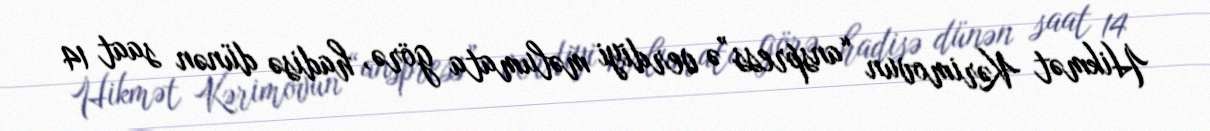
Hikmət Kərimovun “anspress”ə verdiyi məlumata görə, hadisə dünən saat 14